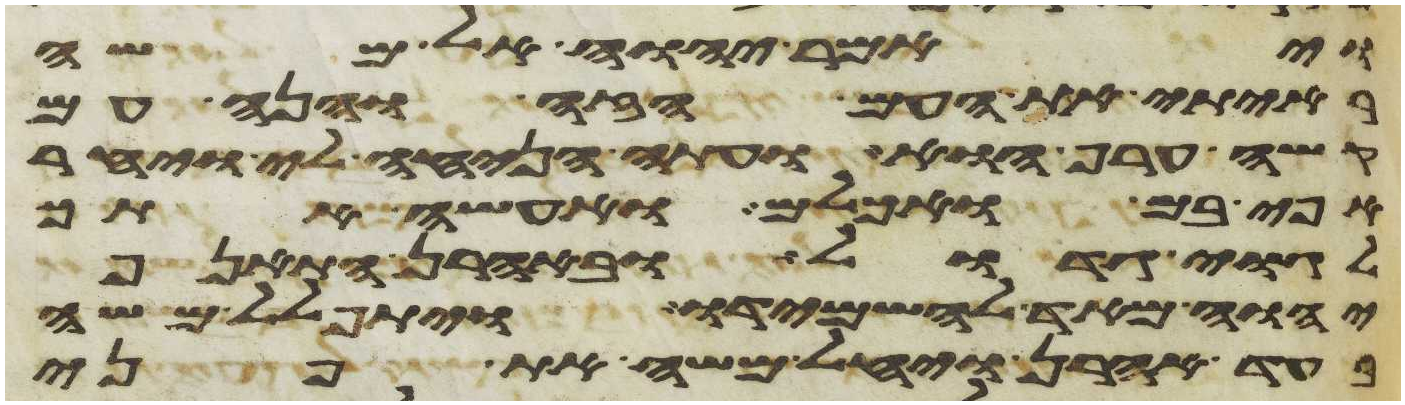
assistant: ויאמר יהוה אל משה
ראיתי את העם הזה והנה עם
קשה ערף הוא ועתה הניחה לי ויחר
אפי בם ואכלם ואעשה אתך
לגוי גדול ובאהרן התאנף
יהוה מאד להשמידו ויתפלל משה
בעד אהרן ויחל משה את פני